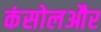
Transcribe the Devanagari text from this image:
कंसोलऔर